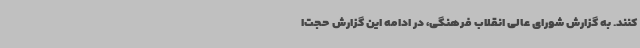
کنند. به گزارش شورای عالی انقلاب فرهنگی، در ادامه این گزارش حجت‌ا